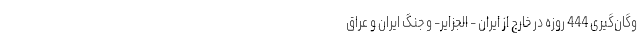
وگان‌گیری 444 روزه در خارج از ایران - الجزایر- و جنگ ایران و عراق